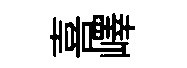
喜嶧